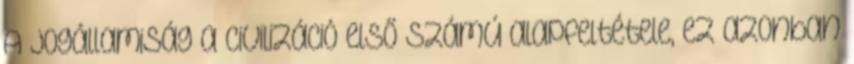
A jogállamiság a Civilizáció első számú alapfeltétele, ez azonban